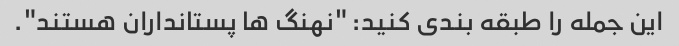
این جمله را طبقه بندی کنید: "نهنگ ها پستانداران هستند".